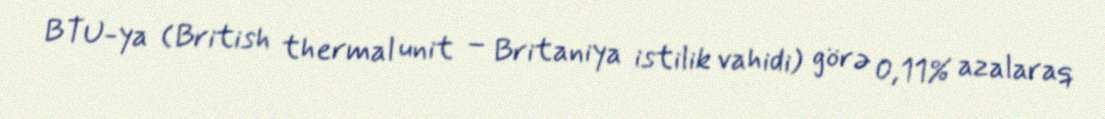
BTU-ya (British thermal unit – Britaniya istilik vahidi) görə 0,11% azalaraq